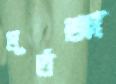
মূর্তজা